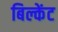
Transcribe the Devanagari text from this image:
बिल्केंट